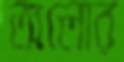
অলোর